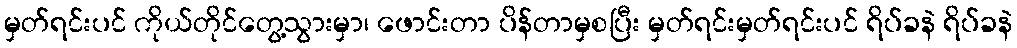
မှတ်ရင်းပင် ကိုယ်တိုင်တွေ့သွားမှာ၊ ဖောင်းတာ ပိန်တာမှစပြီး မှတ်ရင်းမှတ်ရင်းပင် ရိပ်ခနဲ ရိပ်ခနဲ